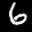
Label: 6